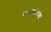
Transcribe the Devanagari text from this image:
कारागीरांच्या